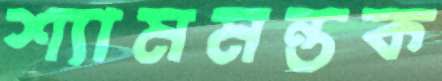
শ্যামমন্তক